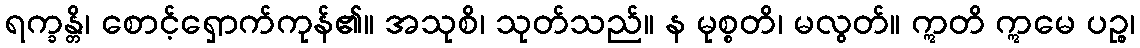
ရက္ခန္တိ၊ စောင့်ရှောက်ကုန်၏။ အသုစိ၊ သုတ်သည်။ န မုစ္စတိ၊ မလွတ်။ ဣတိ ဣမေ ပဉ္စ၊